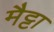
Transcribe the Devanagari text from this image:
मैट्टा